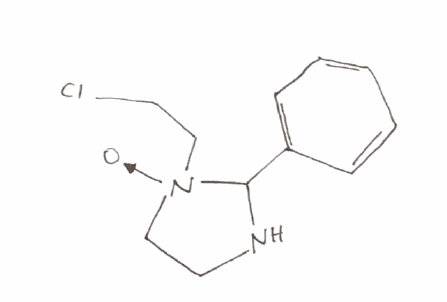
Simplified molecular-input line-entry system (SMILES) notation of the given molecule:
C1C[N+](C(N1)C2=CC=CC=C2)(CCCl)[O-]